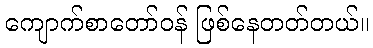
ကျောက်စာတော်ဝန် ဖြစ်နေတတ်တယ်။